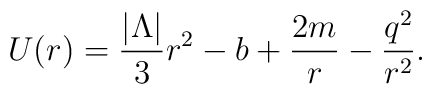
U(r) = \frac{|\Lambda|}{3}r^2 - b + \frac{2m}{r} - \frac{q^2}{r^2}  .